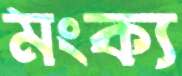
মংক্য